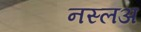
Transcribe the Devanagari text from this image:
नस्लअ